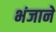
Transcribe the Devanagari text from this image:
भंजाने